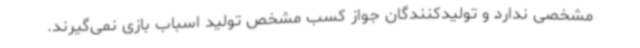
مشخصی ندارد و تولیدکنندگان جواز کسب مشخص تولید اسباب بازی نمی‌گیرند.